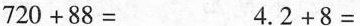
$$7 2 0 + 8 8 =$$$$4. 2 + 8 =$$